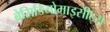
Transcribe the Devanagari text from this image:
बेसिडियोमाइसीट्स